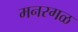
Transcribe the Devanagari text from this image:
मनरगळ